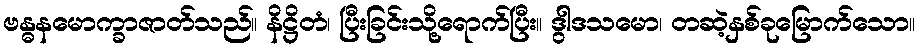
ဗန္ဓနမောက္ခာဇာတ်သည်။ နိဋ္ဌိတံ၊ ပြီးခြင်းသို့ရောက်ပြီး။ ဒွါဒသမော၊ တဆဲ့နှစ်ခုမြောက်သော။